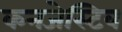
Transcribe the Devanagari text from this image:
कनजेस्टिव